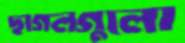
ছাগলগুলো